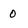
Character: 0